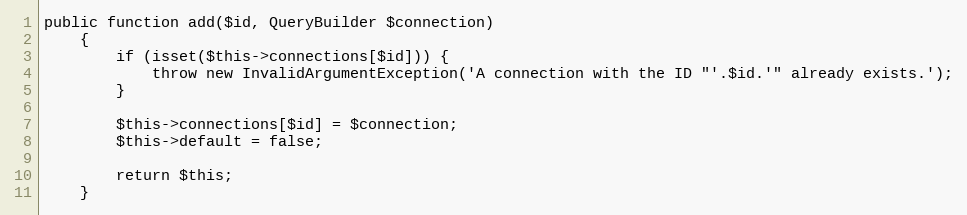
Language: PHP
public function add($id, QueryBuilder $connection)
    {
        if (isset($this->connections[$id])) {
            throw new InvalidArgumentException('A connection with the ID "'.$id.'" already exists.');
        }

        $this->connections[$id] = $connection;
        $this->default = false;

        return $this;
    }